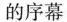
的序幕